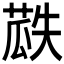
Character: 𮐏